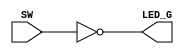
module top_not(
        input   wire SW,
        output  wire LED_G
);

assign LED_G = ~SW;

endmodule